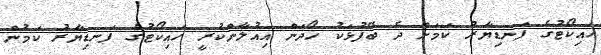
ހައިކޯޓުގެ ފަނޑިޔާރު ކަމަށް ދެ ބޭފުޅަކު ހޯދަން އިއުލާންކުރީ ހައިކޯޓުގެ ފަނޑިޔާރު ކަމުން